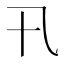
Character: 卂